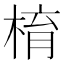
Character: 棛